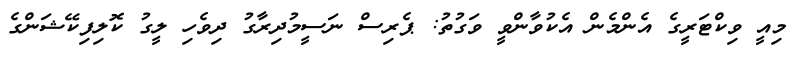
މިއީ ވިކްޓަރީގެ އެންމެން އެކުވާންވީ ވަގުތު: ޕެރިސް ނަސީމުދިރާގު ދިވެހި ލީގު ކޮލިފިކޭޝަންގެ